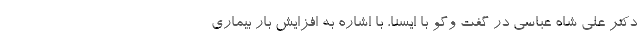
دکتر علی شاه عباسی در گفت وگو با ایسنا، با اشاره به افزایش بار بیماری